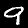
Digit: 9